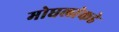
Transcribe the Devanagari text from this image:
मोघलांकडे